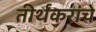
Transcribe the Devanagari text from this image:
तीर्थंकरांचे